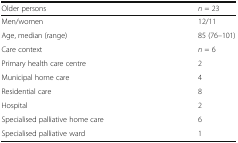
| Older persons | n = 23 |
 | --- | --- |
 | Men/women | 12/11 |
 | Age, median (range) | 85 (76–101) |
 | Care context | n = 6 |
 | Primary health care centre | 2 |
 | Municipal home care | 4 |
 | Residential care | 8 |
 | Hospital | 2 |
 | Specialised palliative home care | 6 |
 | Specialised palliative ward | 1 |